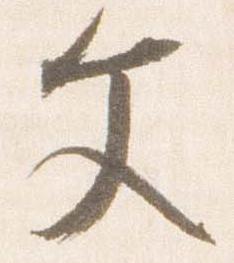
文